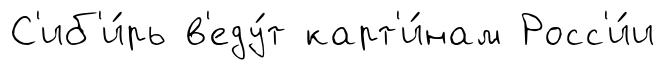
С'иб'и́рь в'еду́т карт'и́нам Росс'и́и